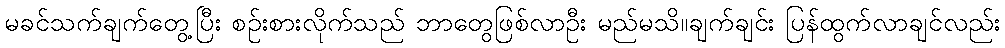
မခင်သက်ချက်တွေ့ပြီး စဉ်းစားလိုက်သည် ဘာတွေဖြစ်လာဦး မည်မသိ။ချက်ချင်း ပြန်ထွက်လာချင်လည်း